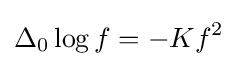
\Delta _{0}\log f=-Kf^{2}